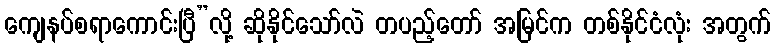
ကျေနပ်စရာကောင်းပြီ”လို့ ဆိုနိုင်သော်လဲ တပည့်တော် အမြင်က တစ်နိုင်ငံလုံး အတွက်